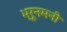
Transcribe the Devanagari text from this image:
भ्रूनमनी